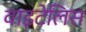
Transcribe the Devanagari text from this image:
वाइटेलिस